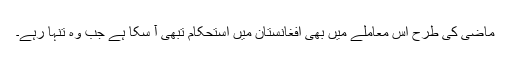
ماضی کی طرح اس معاملے میں بھی افغانستان میں استحکام تبھی آ سکا ہے جب وہ تنہا رہے۔